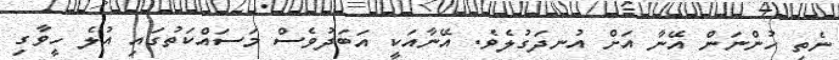
ނެތި ހުންނަން އޭނާ އަށް އުނދަގުލެވެ. އޭނާއަކީ އަބަދުވެސް މަސައްކަތުގައި އުލެ ހީވާގި